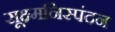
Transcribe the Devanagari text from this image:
सूक्ष्मनिस्पंदन